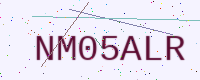
Text: NM05ALR